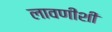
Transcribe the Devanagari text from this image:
लावणीशी